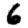
Digit: 6